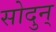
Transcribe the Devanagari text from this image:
सोदुन्